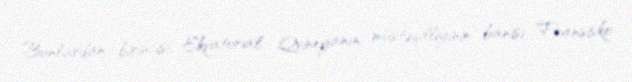
Bunlardan birincisi, Ekvatorial Qvineyanın müstəqilliyinin banisi Fransisko